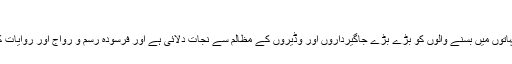
کسطرح پاکستان بھر
بالخصوس اندورون سندھ اور جنوبی پاکستان کے جنگلوں دیہاتوں میں بسنے والوں کو بڑے بڑے جاگیرداروں اور وڈیروں کے مظالم سے نجات دلائی ہے اور فرسودہ رسم و رواج اور روایات کا راستہ روکا ہے کیسے اپنے کارکنوں کی تربیت کی ہے؟